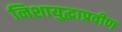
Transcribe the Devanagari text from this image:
निशायुद्धाप्रवीण